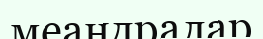
меандралар